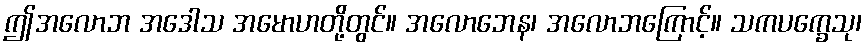
ဤအလောဘ အဒေါသ အမောဟတို့တွင်။ အလောဘေန၊ အလောဘကြောင့်။ သကပက္ခေသု၊